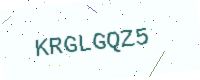
Text: KRGLGQZ5